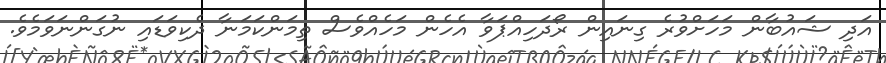
އަދި ޝައުބާން މަހަށްވުރެ ގިނައިން ރޯދަހިއްޕަވާ އެހެން މަހެއްވެސް ތިމަންކަމަނާ ދެކިވަޑައި ނުގަންނަވަމެވެ.